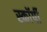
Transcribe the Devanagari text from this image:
स्काॅर्पी